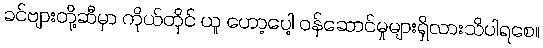
ခင်ဗျားတို့ဆီမှာ ကိုယ်တိုင် ယူ ဟော့ပေါ့ ဝန်ဆောင်မှုများရှိလားသိပါရစေ။